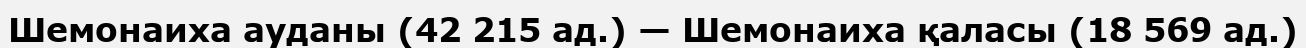
Шемонаиха ауданы (42 215 ад.) — Шемонаиха қаласы (18 569 ад.)